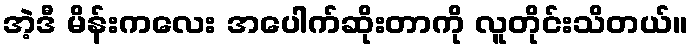
အဲ့ဒီ မိန်းကလေး အပေါက်ဆိုးတာကို လူတိုင်းသိတယ်။